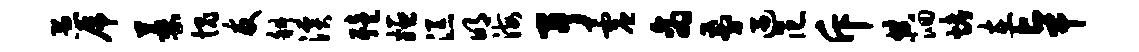
愚虎萎愧友斜溪殪姬添明海予虚商剪遇范斥典洄烤在卓